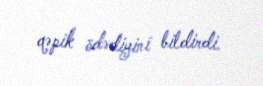
qəpik ödədiyini bildirdi.